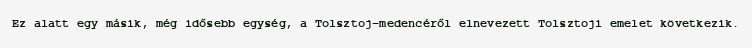
Ez alatt egy másik, még idősebb egység, a Tolsztoj-medencéről elnevezett Tolsztoji emelet következik.